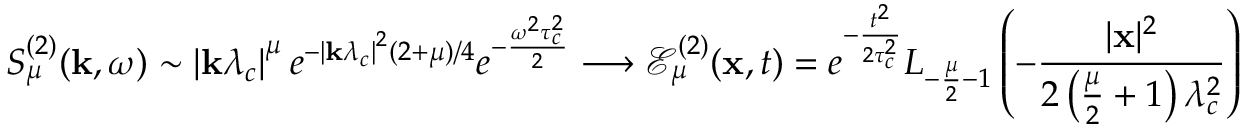
S _ { \mu } ^ { ( 2 ) } ( \mathbf { k } , \omega ) \sim \left| \mathbf { k } \lambda _ { c } \right| ^ { \mu } e ^ { - \left| \mathbf { k } \lambda _ { c } \right| ^ { 2 } ( 2 + \mu ) / 4 } e ^ { - \frac { \omega ^ { 2 } \tau _ { c } ^ { 2 } } { 2 } } \longrightarrow \mathcal { E } _ { \mu } ^ { ( 2 ) } ( \mathbf { x } , t ) = e ^ { - \frac { t ^ { 2 } } { 2 \tau _ { c } ^ { 2 } } } L _ { - \frac { \mu } { 2 } - 1 } \left( - \frac { | \mathbf { x } | ^ { 2 } } { 2 \left( \frac { \mu } { 2 } + 1 \right) \lambda _ { c } ^ { 2 } } \right)